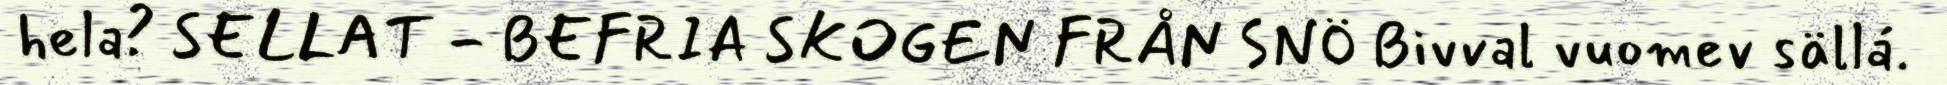
hela? SELLAT - BEFRIA SKOGEN FRÅN SNÖ Bivval vuomev sällá.